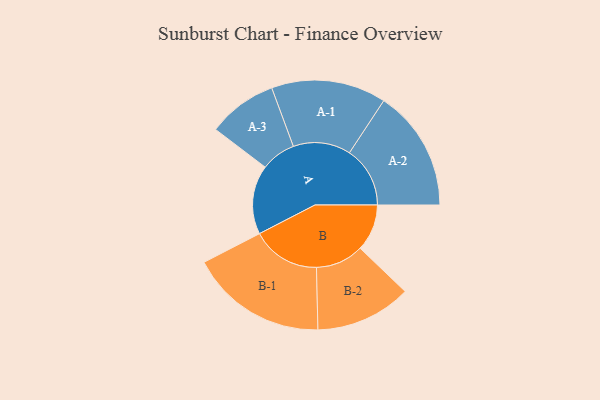
{"axis": {"x": "Segment", "y": "Value"}, "legend": ["", "A", "B"], "data": [{"x": "A", "y": 286, "type": ""}, {"x": "B", "y": 194, "type": ""}, {"x": "A-1", "y": 238, "type": "A"}, {"x": "A-2", "y": 251, "type": "A"}, {"x": "A-3", "y": 144, "type": "A"}, {"x": "B-1", "y": 284, "type": "B"}, {"x": "B-2", "y": 199, "type": "B"}]}